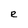
Character: R